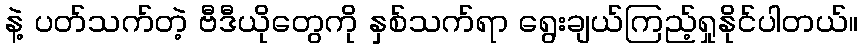
နဲ့ ပတ်သက်တဲ့ ဗီဒီယိုတွေကို နှစ်သက်ရာ ရွေးချယ်ကြည့်ရှုနိုင်ပါတယ်။